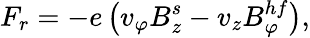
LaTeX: F_{r}=-e\left(v_{\varphi}B_{z}^{s}-v_{z}B_{\varphi}^{hf}\right),